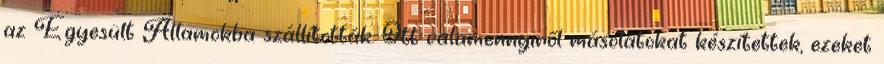
az Egyesült Államokba szállították. Ott valamennyiről másolatokat készítettek, ezeket